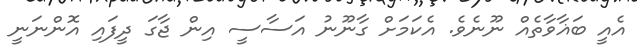
އެއީ ބަޣާވާތެއް ނޫނެވެ. އެކަމަށް ގާނޫނު އަސާސީ އިން ޖާގަ ދީފައި އޮންނަނީ